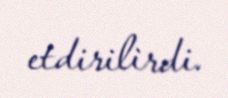
etdirilirdi.